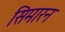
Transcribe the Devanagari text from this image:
सिमारन